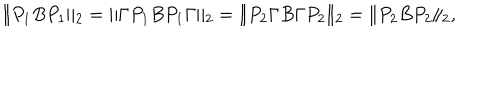
\| P _ { 1 } B P _ { 1 } \| _ { 2 } = \| \Gamma P _ { 1 } B P _ { 1 } \Gamma \| _ { 2 } = \| P _ { 2 } \Gamma B \Gamma P _ { 2 } \| _ { 2 } = \| P _ { 2 } B P _ { 2 } \| _ { 2 } ,